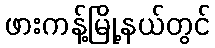
ဖားကန့်မြို့နယ်တွင်